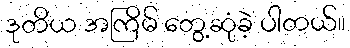
ဒုတိယ အကြိမ် တွေ့ဆုံခဲ့ ပါတယ်။